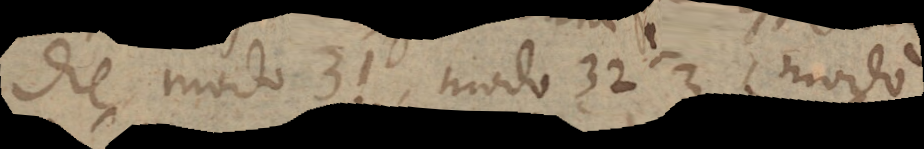
die modo 31, modo 32 ⅓, modo